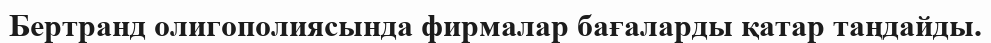
Бертранд олигополиясында фирмалар бағаларды қатар таңдайды.